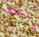
عائله